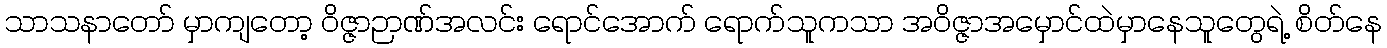
သာသနာတော် မှာကျတော့ ဝိဇ္ဇာဉာဏ်အလင်း ရောင်အောက် ရောက်သူကသာ အဝိဇ္ဇာအမှောင်ထဲမှာနေသူတွေရဲ့ စိတ်နေ